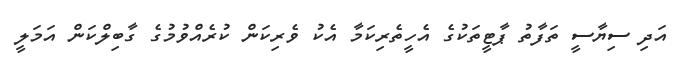
އަދި ސިޔާސީ ތަފާތު ޕާޓީތަކުގެ އެހީތެރިކަމާ އެކު ވެރިކަން ކުރެއްވުމުގެ ގާބިލްކަން އަމަލީ